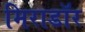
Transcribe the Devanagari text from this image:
मिराडॉर